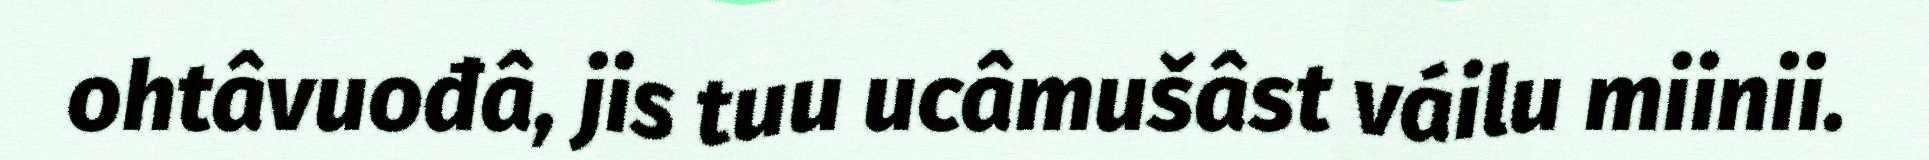
ohtâvuođâ, jis tuu ucâmušâst váilu miinii.